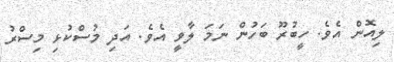
ލިއޮން އެވެ. ހީބުރޫ ބަހުން ނަމަ ލާވީ އެވެ. އަދި މުސްކުޅި މިސްރު